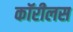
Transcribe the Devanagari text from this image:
कॉरीलस